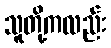
သူတို့ကလည်း